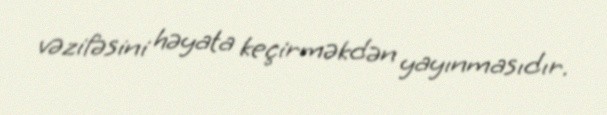
vəzifəsini həyata keçirməkdən yayınmasıdır.